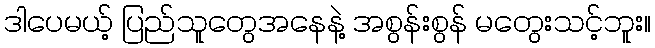
ဒါပေမယ့် ပြည်သူတွေအနေနဲ့ အစွန်းစွန် မတွေးသင့်ဘူး။